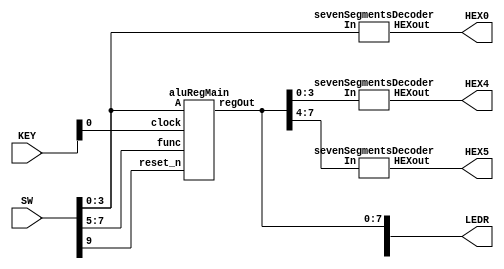

module aluRegister(LEDR, HEX0, HEX4, HEX5, SW, KEY);
	
	input [9:0] SW;
	input [2:0] KEY;
	output [9:0] LEDR;
	output [6:0] HEX0;
	output [6:0] HEX4;
	output [6:0] HEX5;

	sevenSegmentsDecoder h1(.HEXout(HEX0[6:0]), .In(SW[3:0]));

	wire [7:0]ans;

	aluRegMain a1(.regOut(ans[7:0]), .clock(KEY[0]), .reset_n(SW[9]), .A(SW[3:0]), .func(SW[7:5]));

	assign LEDR[7:0] = ans[7:0];
	
	sevenSegmentsDecoder h3(.HEXout(HEX4[6:0]), .In(ans[3:0]));
	sevenSegmentsDecoder h4(.HEXout(HEX5[6:0]), .In(ans[7:4]));

	
endmodule

//intermadiate module
module aluRegMain(regOut, clock, reset_n, A, func);

	input clock, reset_n;
	wire [7:0]d;
	input [2:0]func;
	input [3:0]A;
	output [7:0]regOut;

	wire [3:0]w1, w2;
	
	register r1(.q(regOut[7:0]), .clock(clock), .d(d[7:0]), .reset_n(reset_n));

	rippleCarrierAdder addOne(.outAdder(w1), .operands({A,4'b0001}));
	rippleCarrierAdder AaddB(.outAdder(w2), .operands({A,regOut[3:0]}));
	
	mux7 m1(.Out(d[7:0]), .i1({{4{1'b0}},w1}), .i2({{4{1'b0}},w2}), .i3({{4{1'b0}}, A + regOut[3:0]}),
		 .i4({A|regOut[3:0], A^regOut[3:0]}), .i5({{7{1'b0}},|{A,regOut[3:0]}}),.i6({{4{1'b0}}, regOut[3:0]<<A}),
		 .i7({{4{1'b0}}, regOut[3:0]>>A}),.i8({{4{1'b0}}, A*regOut[3:0]}), .MuxSelect(func[2:0]));

endmodule

//Register code
module register( q,clock, d, reset_n);

	input clock;
	input [7:0]d;
	input reset_n;
	output reg[7:0]q;

	always @(posedge clock)
	begin
		if (reset_n == 1'b0)
			q[7:0] <= 8'b00000000;
		else
			q[7:0] <= d[7:0]; 
	end
	
endmodule

//a rippler carried adder
module rippleCarrierAdder(outAdder,operands);

	input [7:0] operands;
	output [3:0] outAdder;
	
	wire carry1;
	wire carry2;
	wire carry3;
	wire carry4;
	
	full_adder f1(.S(outAdder[3]), .cout(carry1), .A(operands[7]), .B(operands[3]), .cin(1'b0));
	full_adder f2(.S(outAdder[2]), .cout(carry2), .A(operands[6]), .B(operands[2]), .cin(carry1));
	full_adder f3(.S(outAdder[1]), .cout(carry3), .A(operands[5]), .B(operands[1]), .cin(carry2));
	full_adder f4(.S(outAdder[0]), .cout(carry4), .A(operands[4]), .B(operands[0]), .cin(carry3));

endmodule

//full adder
module full_adder(S,cout,A,B,cin);
	output S, cout;
	input A, B, cin;
	assign S = A^B^cin;
	assign cout = (A&B)|(cin&(A^B));
endmodule

// 7 to 1 multiplexer
module mux7(Out, i1, i2, i3, i4, i5, i6, i7,i8, MuxSelect);

	input [7:0] i1, i2, i3, i4, i5, i6, i7, i8;
	input [2:0] MuxSelect;
	output reg [7:0]Out;

	always @(*)
	begin
		case(MuxSelect [2:0]) 
			3'b000 : Out[7:0] = i1; 
			3'b001 : Out[7:0] = i2; 
			3'b010 : Out[7:0] = i3;
			3'b011 : Out[7:0] = i4;
			3'b100 : Out[7:0] = i5;
			3'b101 : Out[7:0] = i6;
			3'b110 : Out[7:0] = i7;
			3'b111 : Out[7:0] = i8;
			
			default : Out = 3'bx;
		endcase
	end
	
endmodule

// A seven segments HEX decoder
module sevenSegmentsDecoder(HEXout,In);

input [3:0]In;
output [6:0]HEXout;

assign HEXout[0] = (~In[3]&~In[2]&~In[1]&In[0]|
		~In[3]&In[2]&~In[1]&~In[0]|
		In[3]&In[2]&~In[1]&In[0]|
		In[3]&~In[2]&In[1]&In[0]);

assign HEXout[1] = (~In[3]&In[2]&~In[1]&In[0]|
		In[3]&In[2]&~In[0]|
		In[3]&In[1]&In[0]|
		In[2]&In[1]&~In[0]);

assign HEXout[2] = (~In[3]&~In[2]&In[1]&~In[0]|
		In[3]&In[2]&In[1]|
		In[3]&In[2]&~In[0]);

assign HEXout[3] = (~In[3]&In[2]&~In[1]&~In[0]|
		In[3]&~In[2]&In[1]&~In[0]|
		In[2]&In[1]&In[0]|
		~In[2]&~In[1]&In[0]);

assign HEXout[4] = (~In[3]&In[0]|
		~In[3]&In[2]&~In[1]|
		In[3]&In[2]&~In[1]&In[0]|
		~In[2]&~In[1]&In[0]);

assign HEXout[5] = (In[3]&In[2]&~In[1]&In[0]|
		~In[3]&~In[2]&In[0]|
		~In[3]&~In[2]&In[1]|
		~In[3]&In[1]&In[0]);

assign HEXout[6] = (~In[3]&~In[2]&~In[1]|
		~In[3]&In[2]&In[1]&In[0]|
		In[3]&In[2]&~In[1]&~In[0]);

endmodule